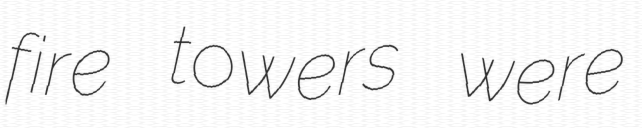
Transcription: fire towers were